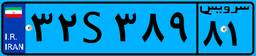
۴۲S۳۱۰۳۸